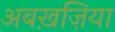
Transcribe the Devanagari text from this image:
अबख़ज़िया